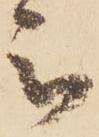
被